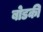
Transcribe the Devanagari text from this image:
बोडकी